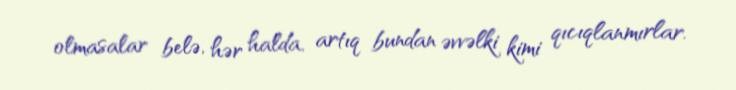
olmasalar belə, hər halda, artıq bundan əvvəlki kimi qıcıqlanmırlar.